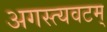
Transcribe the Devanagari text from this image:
अगस्त्यवटम्